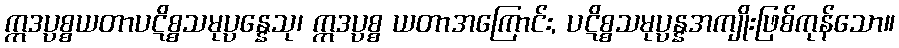
ဣဒပ္ပစ္စယတာပဋိစ္စသမုပ္ပန္နေသု၊ ဣဒပ္ပစ္စ ယတာအကြောင်း, ပဋိစ္စသမုပ္ပန္နအကျိုးဖြစ်ကုန်သော။